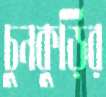
চুনকুড়ির